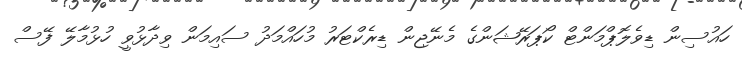
ހައުސިން ޑިވެލޮޕްމަންޓް ކޯޕަރޭޝަންގެ މެނޭޖިން ޑިރެކްޓަރު މުހައްމަދު ސައިމަން ވިދާޅުވީ ހުޅުމާލޭ ފޭސް